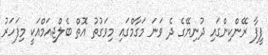
ފީފާ ރޭންކިންގައި ދުނިޔޭގެ ދެ ވަނަ މަގާމްގައި މިވަގުތު އޮތް ބެލްޖިއަމްއަކީ މިފަހަރު